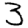
Digit: 3